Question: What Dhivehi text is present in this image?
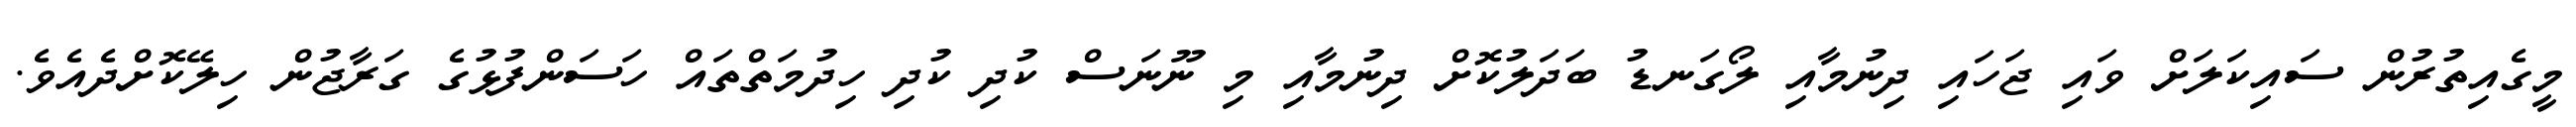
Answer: މީގެއިތުރުން ސައިކަލަށް ވައި ޖަހައި ދިނުމާއި ލޯގަނޑު ބަދަލުކޮށް ދިނުމާއި މި ނޫނަސް ކުދި ކުދި ހިދުމަތްތައް ހަސަންފުޅުގެ ގަރާޖުން ހިލޭކޮށްދެއެވެ.